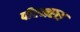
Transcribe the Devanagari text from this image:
पीएनएस